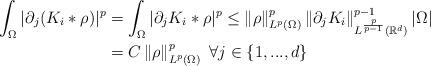
LaTeX: \begin{align*}\int_{\Omega}|\partial_{j}(K_{i}\ast\rho)|^{p} & =\int_{\Omega}|\partial_{j}K_{i}\ast\rho|^{p}\leq\left\Vert \rho\right\Vert _{L^{p}(\Omega)}^{p}\left\Vert \partial_{j}K_{i}\right\Vert _{L^{\frac{p}{p-1}}(\mathbb{R}^{d})}^{p-1}|\Omega|\\& =C\left\Vert \rho\right\Vert _{L^{p}(\Omega)}^{p}~\forall j\in\{1,...,d\}\end{align*}